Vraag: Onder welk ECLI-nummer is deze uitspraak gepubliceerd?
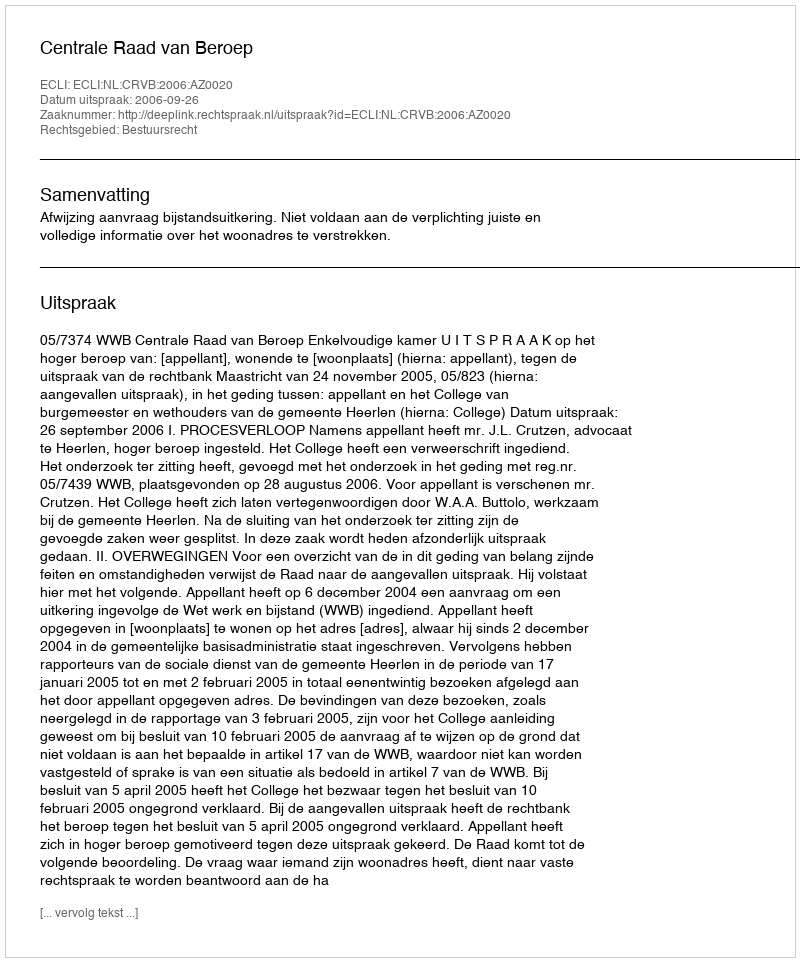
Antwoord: ECLI:NL:CRVB:2006:AZ0020